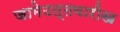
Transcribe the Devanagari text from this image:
जामेउत्तवारीख